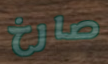
صارخ